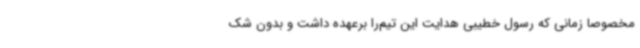
مخصوصا زمانی که رسول خطیبی هدایت این تیم‌را برعهده داشت و بدون شک